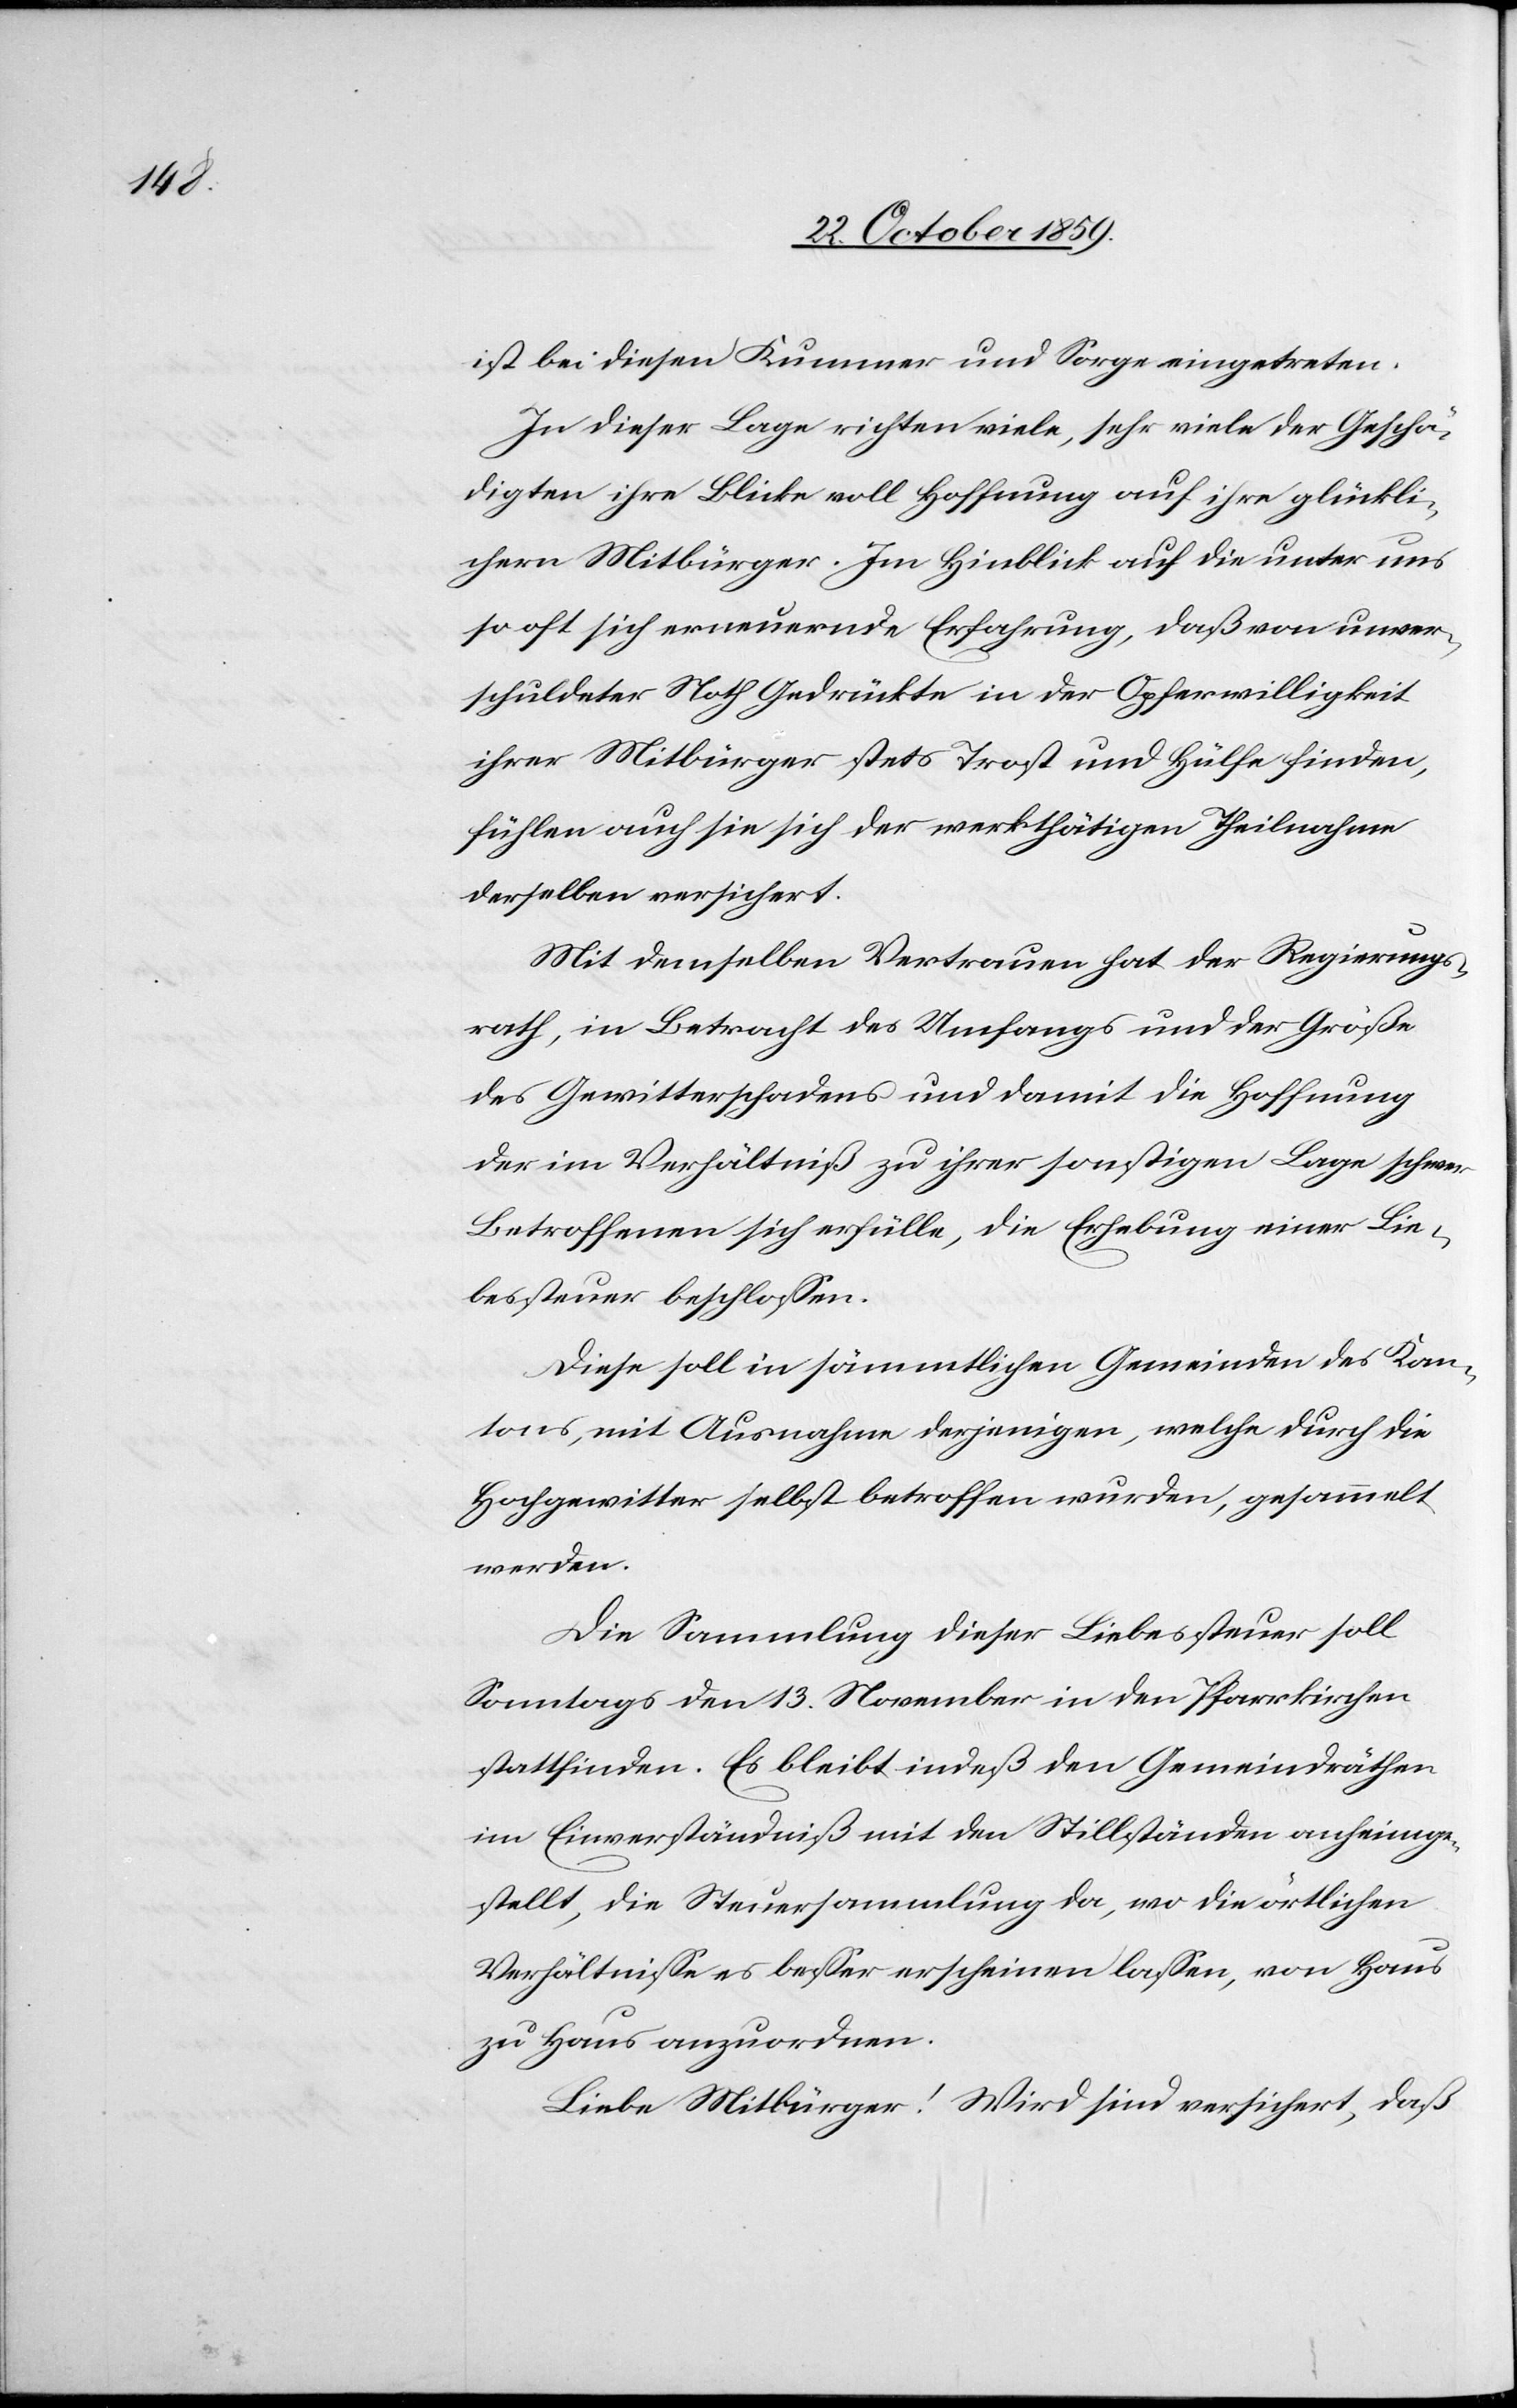
ist bei diesen Kummer und Sorge eingetreten.
In dieser Lage richten viele, sehr viele der Geschä¬
digten ihre Blicke voll Hoffnung auf ihre glückli¬
chern Mitbürger. Im Hinblick auf die unter uns
so oft sich erneuernde Erfahrung, daß von unver¬
schuldeter Noth Gedrückte in der Opferwilligkeit
ihrer Mitbürger stets Trost und Hülfe finden,
fühlen auch sie sich der werkthätigen Theilnahme
derselben versichert.
Mit demselben Vertrauen hat der Regierungs¬
rath, in Betracht des Umfangs und der Größe
des Gewitterschadens und damit die Hoffnung
der im Verhältniß zu ihrer sonstigen Lage schwer
Betroffenen sich erfülle, die Erhebung einer Lie¬
bessteuer beschlossen.
Diese soll in sämmtlichen Gemeinden des Kan¬
tons, mit Ausnahme derjenigen, welche durch die
Hochgewitter selbst betroffen wurden, gesammelt
werden.
Die Sammlung dieser Liebessteuer soll
Sonntags den 13. November in den Pfarrkirchen
stattfinden. Es bleibt indeß den Gemeindräthen
im Einverständniß mit den Stillständen anheimge¬
stellt, die Steuersammlung da, wo die örtlichen
Verhältnisse es besser erscheinen lassen, von Haus
zu Haus anzuordnen.
Liebe Mitbürger! Wird [sic!] sind versichert, daß